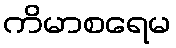
ကိမာစရေမ